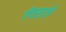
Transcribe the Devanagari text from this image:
पिछले